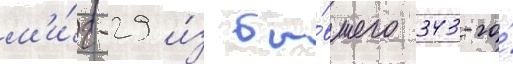
м'и́г-29 и́з бы́вшего 343-го́